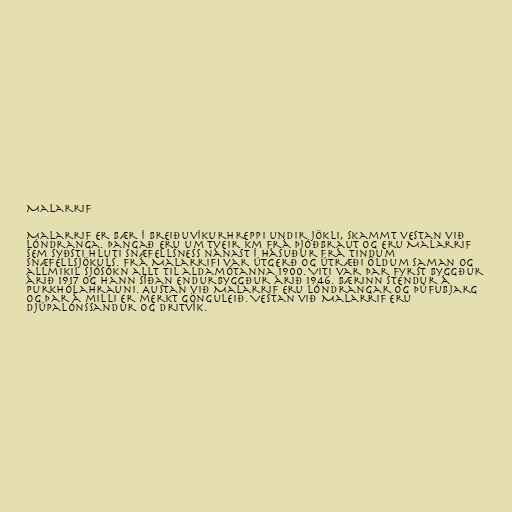
Malarrif

Malarrif er bær í Breiðuvíkurhreppi undir Jökli, skammt vestan við
Lóndranga. Þangað eru um tveir km frá þjóðbraut og eru Malarrif
sem syðsti hluti Snæfellsness nánast í hásuður frá tindum
Snæfellsjökuls. Frá Malarrifi var útgerð og útræði öldum saman og
allmikil sjósókn allt til aldamótanna 1900. Viti var þar fyrst byggður
árið 1917 og hann síðan endurbyggður árið 1946. Bærinn stendur á
Purkhólahrauni. Austan við Malarrif eru Lóndrangar og Þúfubjarg
og þar á milli er merkt gönguleið. Vestan við Malarrif eru
Djúpalónssandur og Dritvík.